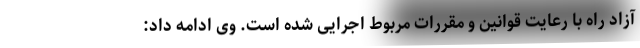
آزاد راه با رعایت قوانین و مقررات مربوط اجرایی شده است. وی ادامه داد: